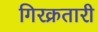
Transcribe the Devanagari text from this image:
गिरक्रतारी